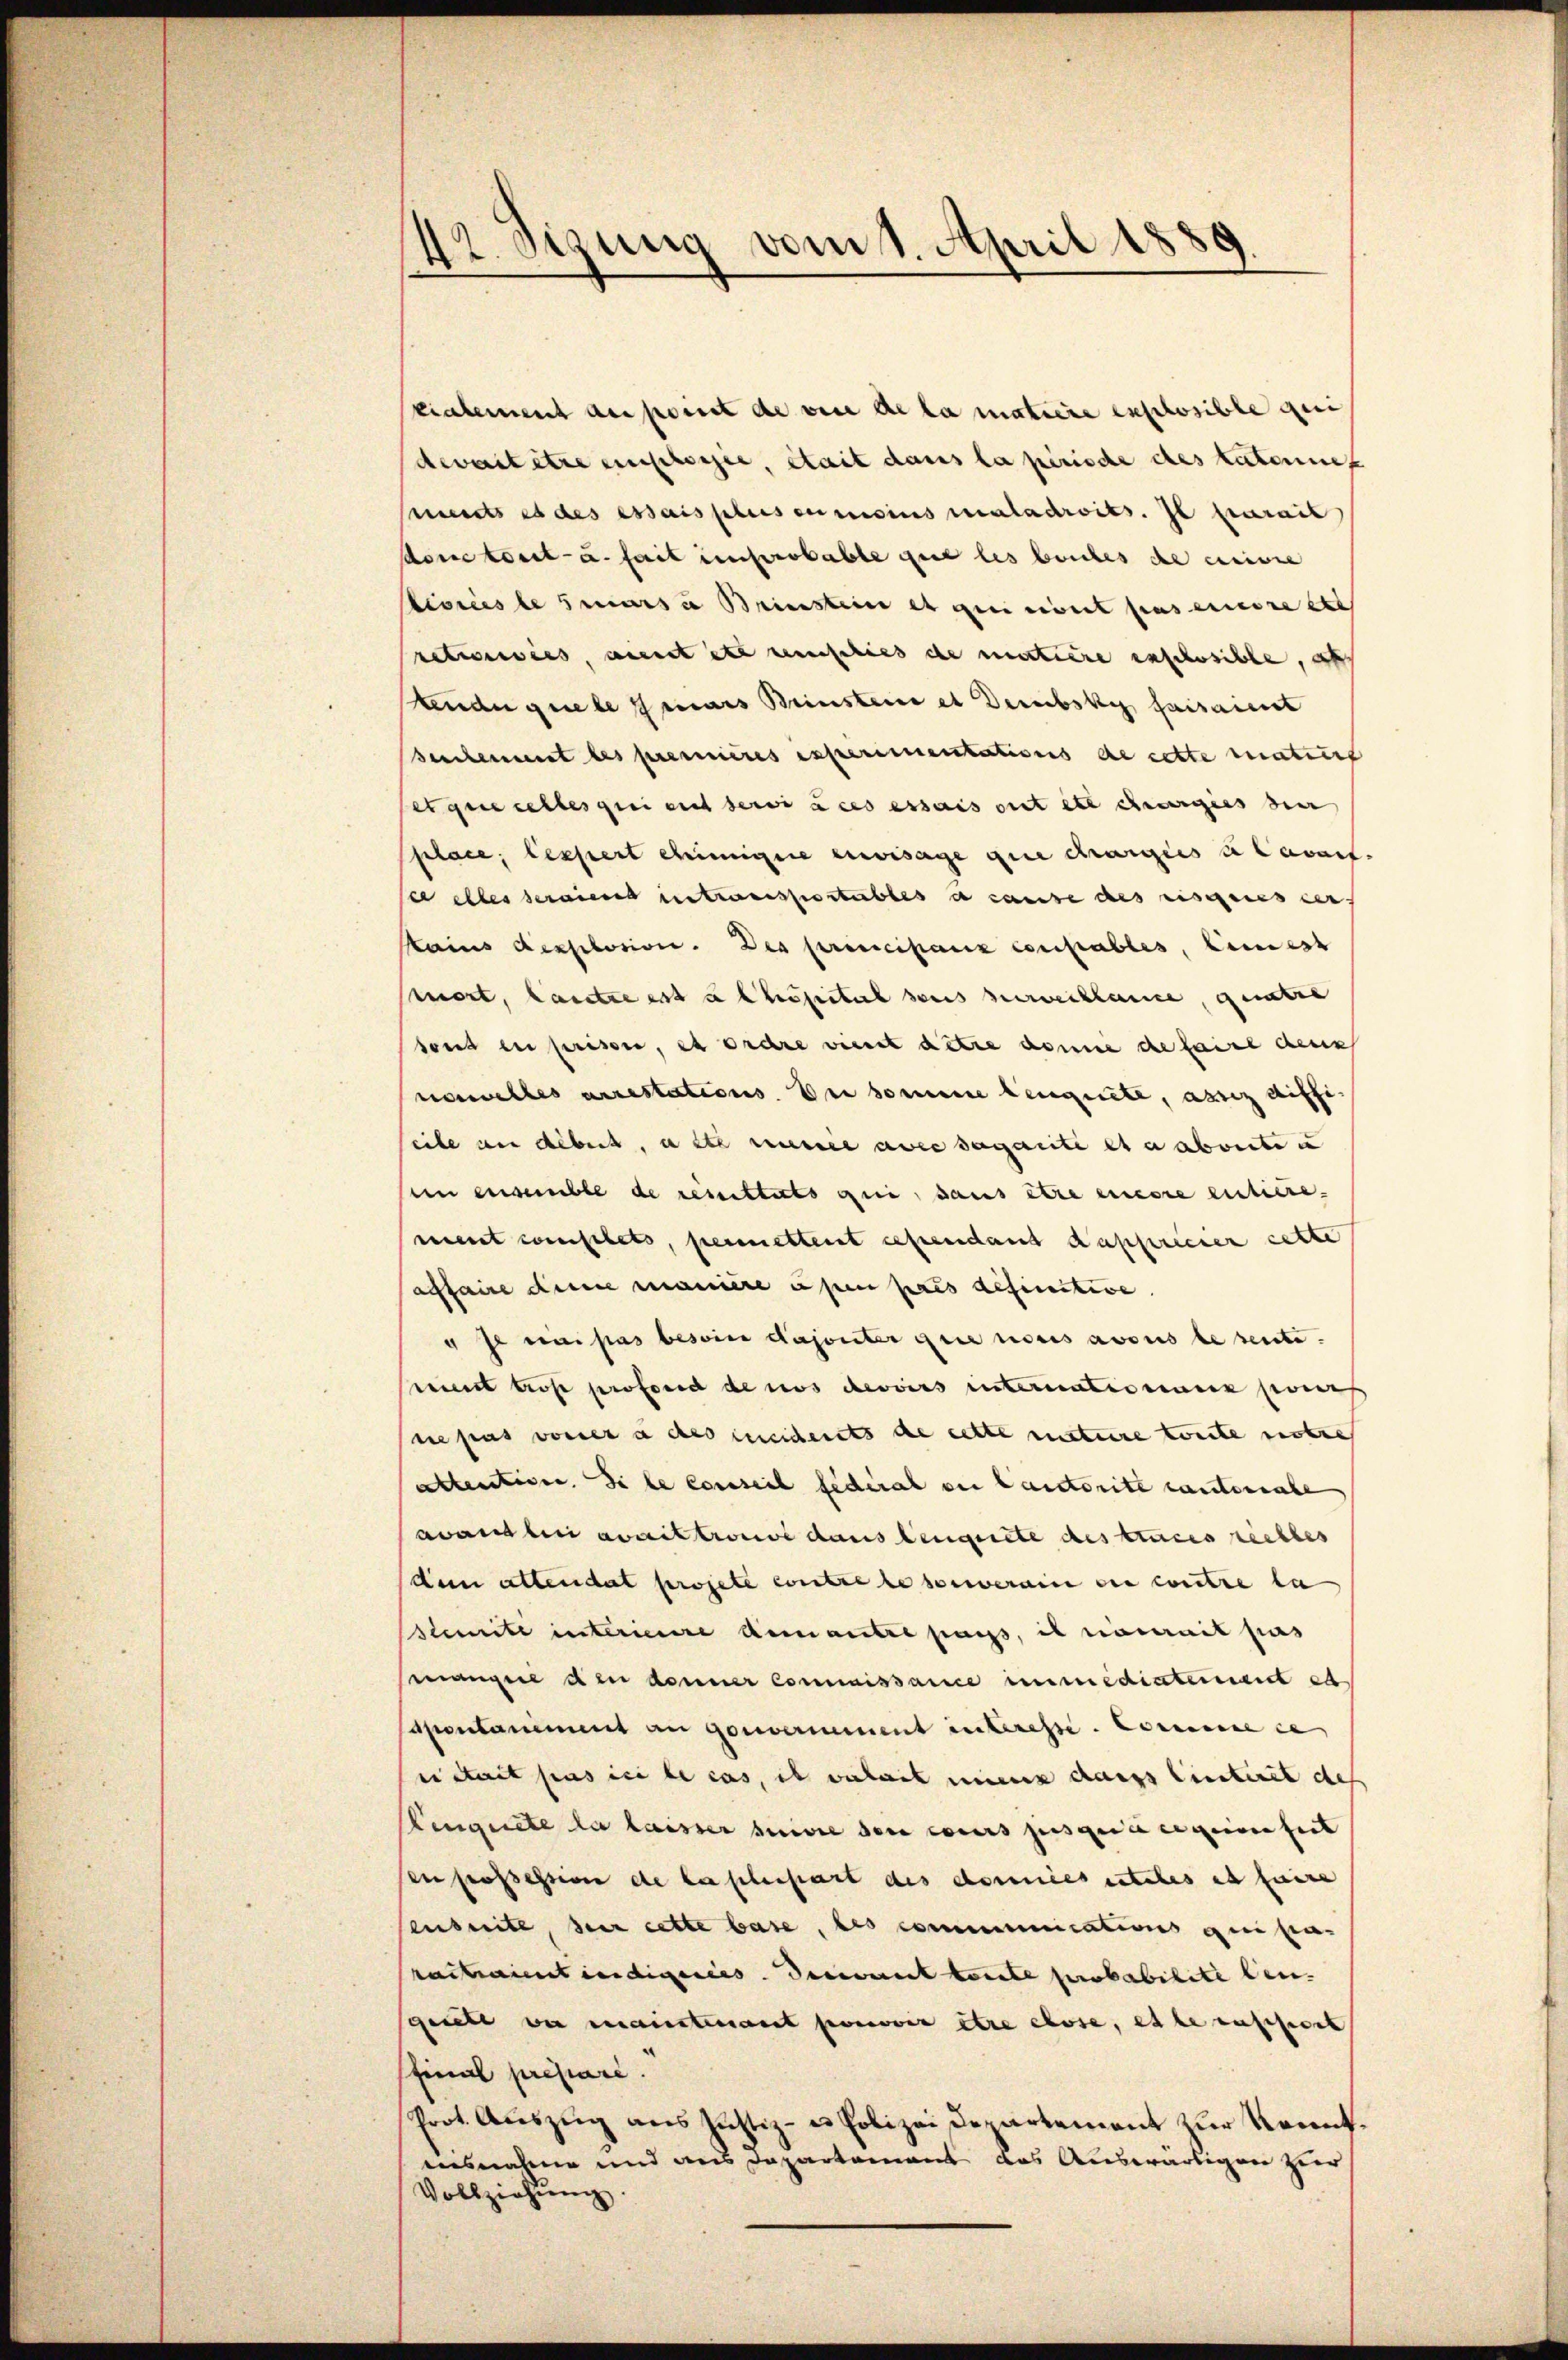
12. Sizung vom 1. April 1889.

vialement au point de vice de la matière explosible qui
devantitre einersee, stait dans la perische des Lateines
Meits et des essais plus einesius maladroits. Il serait
donetorst- u. fait improbable que les beiches de eine
lisreis le marsi Brinstein et qui ont pas einere et
rationswies, aient etc menschied ehe mittiere anschesible, als
Anderguele mars Brinsten et Deibsky faisait
Seelement les premières experimentations de cette matuirt
er gere selbes grei mit dere a ces essaris mit etc charges der
Pplace; lessert einigere envisage que chargiis ce Cavant.
see alles seraient entrassertables a cause des risgeresser
ains Rexplosion. Der principanz consables, keinest
mort, Cantze est u Phapital sans vereiklare, quatre
Fond in prison, es ordre vient datie donne de faire denk
nonelles arrestations. Die somme leugnete, aprez diffieile an debert, alte meiner avec sogarité et abreite u
en ensemble de resistets qui, dans être einere entiere.
ment complets, permettest cependant dassericier cette
affaire denn manière aper pris definitive.
" Ja ein pas besoin Saponter gene noces avous lesente.
Cent trose professe de nos devoirs internationen seines
sce pas vorner à des meiderts de cette metere toute notre
abtentione. Si le consich federal der lautorite cantonale
avant lui avait trouve dans leugnete des traces rechtes
Aen allendat projete contre le souverain die contre la
Blimité interieure demantre pass, il riserait pas
mangen den donner Connaissance immediatement et
Sapontanement an Gouverminent interesse. Conseine i
eistait pas ici le cas, is verheit einen dass Centiret des
Keugnete da laisser suivie den cours jusque eiger hint
en possession de la plenpart des données sitales et faire
ensuite, der cette base, des communications qui fa-
ractaientiendigereis. Decement toute probabilite ben.
sgerett vor maintenant pouvoir être chose, es se ausseret
Einal presare.
Prot. Auszug aus Justiz- u Polizei Departement zur Kenntausnahme und aus Departement das Auswärtigen hier
Vollziehŭng